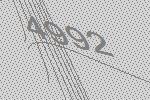
4992